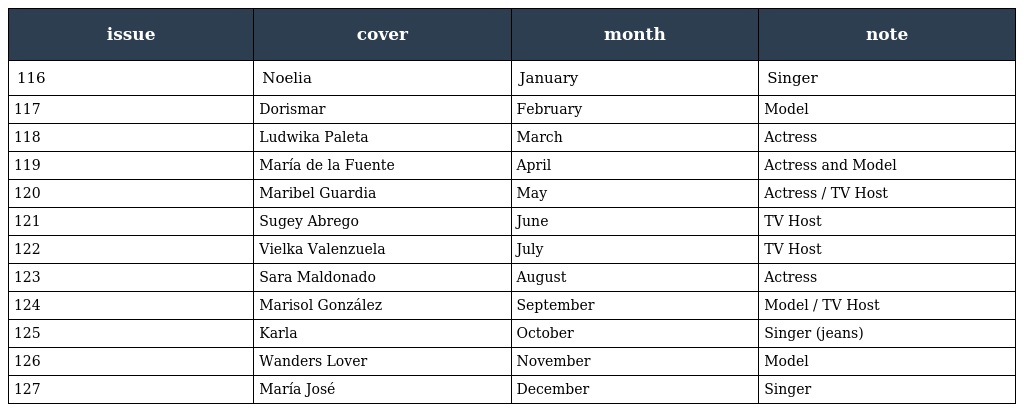
| issue | cover | month | note |
 | --- | --- | --- | --- |
 | 116 | Noelia | January | Singer |
 | 117 | Dorismar | February | Model |
 | 118 | Ludwika Paleta | March | Actress |
 | 119 | María de la Fuente | April | Actress and Model |
 | 120 | Maribel Guardia | May | Actress / TV Host |
 | 121 | Sugey Abrego | June | TV Host |
 | 122 | Vielka Valenzuela | July | TV Host |
 | 123 | Sara Maldonado | August | Actress |
 | 124 | Marisol González | September | Model / TV Host |
 | 125 | Karla | October | Singer (jeans) |
 | 126 | Wanders Lover | November | Model |
 | 127 | María José | December | Singer |